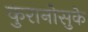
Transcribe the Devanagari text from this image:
कुरानोसुके